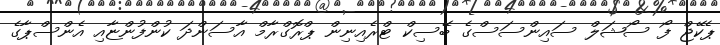
ޕެކޭޖް ފޯ ސޯޝަލް ސައިންސަސްގެ ބޭސިކް ޓްރެއިނިން ޕްރޮގްރާމް އާސަންދަ ކުންފުންޏާއި އެންސްޕާގެ